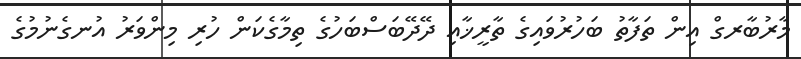
މާރުބާރގް އިން ތަފާތު ބަހުރުވައިގެ ތާރީޚާއި ދޭދޭބަސްބަހުގެ ތިމާގެކަން ހުރި މިންވަރު އުނގެނުމުގެ